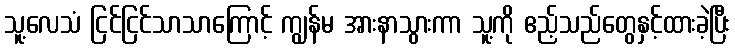
သူ့လေသံ ငြင်ငြင်သာသာကြောင့် ကျွန်မ အားနာသွားကာ သူ့ကို ဧည့်သည်တွေနှင့်ထားခဲ့ပြီး